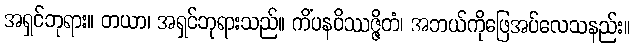
အရှင်ဘုရား။ တယာ၊ အရှင်ဘုရားသည်။ ကိံပနဝိဿဇ္ဇိတံ၊ အဘယ်ကိုဖြေအပ်လေသနည်း။